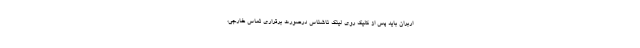
اربران باید پس از کلیک روی لینک ناشناس درصورت برقراری تماس خارجی،